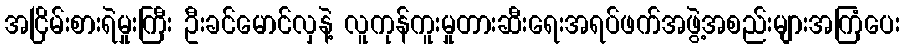
အငြိမ်းစားရဲမှုးကြီး ဦးခင်မောင်လှနဲ့ လူကုန်ကူးမှုတားဆီးရေးအရပ်ဖက်အဖွဲ့အစည်းများအကြံပေး